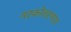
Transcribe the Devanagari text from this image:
नरकोत्तरणाय